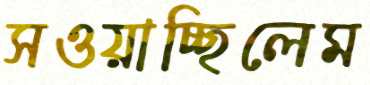
সওয়াচ্ছিলেম